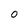
Character: O